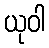
ယုဝါ